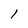
Character: 1